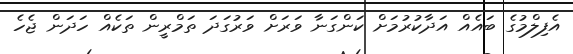
އެފިލްމުގެ ބައެއް އަދާކުރުމަށް ކަންގަނާ ވަރަށް ވަރުގަދަ ތަމްރީން ތަކެއް ހަދަން ޖެހެ